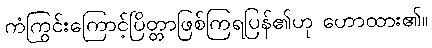
ကံကြွင်းကြောင့်ပြိတ္တာဖြစ်ကြရပြန်၏ဟု ဟောထား၏။